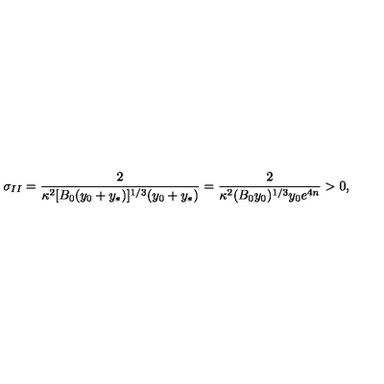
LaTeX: \sigma _ { I I } = { \frac { 2 } { \kappa ^ { 2 } [ B _ { 0 } ( y _ { 0 } + y _ { * } ) ] ^ { 1 / 3 } ( y _ { 0 } + y _ { * } ) } } = { \frac { 2 } { \kappa ^ { 2 } ( B _ { 0 } y _ { 0 } ) ^ { 1 / 3 } y _ { 0 } e ^ { 4 n } } } > 0 ,